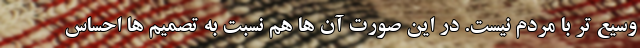
وسیع تر با مردم نیست. در این صورت آن ها هم نسبت به تصمیم ها احساس